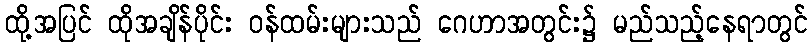
ထို့အပြင် ထိုအချိန်ပိုင်း ဝန်ထမ်းများသည် ဂေဟာအတွင်း၌ မည်သည့်နေရာတွင်